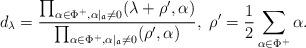
LaTeX: \begin{align*}d_\lambda=\frac{\prod_{\alpha\in\Phi^+, \alpha|_\mathfrak{a}\neq 0}(\lambda+\rho', \alpha)}{\prod_{\alpha\in\Phi^+, \alpha|_\mathfrak{a}\neq 0}(\rho', \alpha)}, \ \rho'=\frac{1}{2}\sum_{\alpha\in\Phi^+}\alpha.\end{align*}